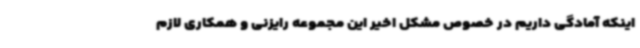
اینکه آمادگی داریم در خصوص مشکل اخیر این مجموعه رایزنی و همکاری لازم